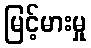
မြင့်မားမှု